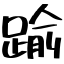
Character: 踰